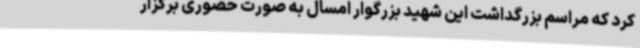
کرد که مراسم بزرگداشت این شهید بزرگوار امسال به صورت حضوری برگزار